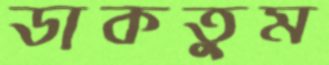
ডাকতুম